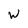
Character: W